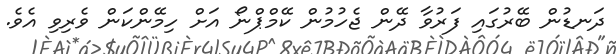
ދަނޑުން ބޭރުގައި ފަރުވާ ދޭން ޖެހުމުން ކޭމްޕްނޯ އަށް ހިމޭންކަން ވެރިވި އެވެ.